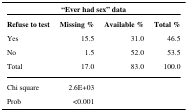
<table><thead><tr><td colspan="4"><b>“Ever had sex” data</b></td></tr><tr><td><b>Refuse to test</b></td><td><b>Missing %</b></td><td><b>Available %</b></td><td><b>Total %</b></td></tr></thead><tbody><tr><td>Yes</td><td>15.5</td><td>31.0</td><td>46.5</td></tr><tr><td>No</td><td>1.5</td><td>52.0</td><td>53.5</td></tr><tr><td>Total</td><td>17.0</td><td>83.0</td><td>100.0</td></tr><tr><td>Chi square</td><td>2.6E+03</td><td></td><td></td></tr><tr><td>Prob</td><td>&lt;0.001</td><td></td><td></td></tr></tbody></table>